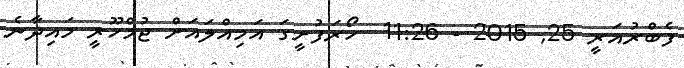
ފެބްރުއަރީ 25